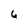
Character: 6